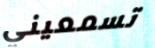
تسمعيني